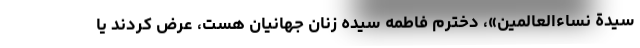
سیدة نساءالعالمین»، دخترم فاطمه سیده زنان جهانیان هست، عرض کردند یا